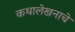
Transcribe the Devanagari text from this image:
कथालेखनाचे